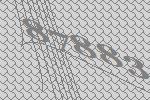
87883